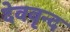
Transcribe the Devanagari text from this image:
देववृन्द